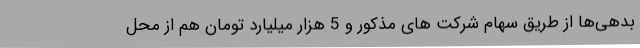
بدهی‌ها از طریق سهام شرکت های مذکور و 5 هزار میلیارد تومان هم از محل